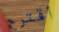
أقترح